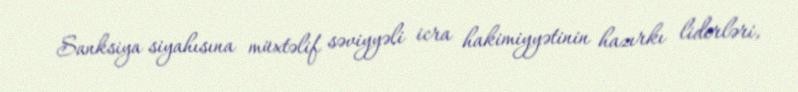
Sanksiya siyahısına müxtəlif səviyyəli icra hakimiyyətinin hazırkı liderləri,